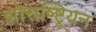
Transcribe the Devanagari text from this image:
झोराष्ष्ट्रियन